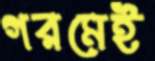
গরমেই